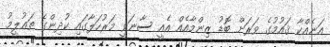
އަނެއްކާ ޤައުމުގެ ވަރަށް ބޮޑު ޒިންމާއެއް އެއީ ސާނަވީ މަރުހަލާގައި ކުދިންގެ ތަޢުލީމު